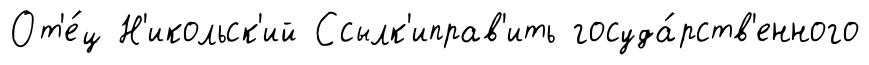
От'е́ц Н'икольск'ий Ссылк'иправ'ить госуда́рств'енного